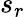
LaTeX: s_{r}